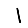
Digit: 1